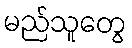
မည်သူတွေ